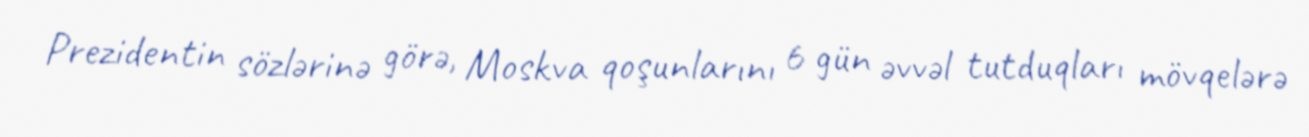
Prezidentin sözlərinə görə, Moskva qoşunlarını 6 gün əvvəl tutduqları mövqelərə